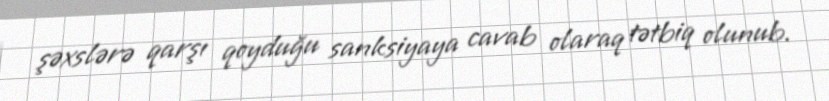
şəxslərə qarşı qoyduğu sanksiyaya cavab olaraq tətbiq olunub.